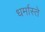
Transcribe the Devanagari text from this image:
धर्मास्ते